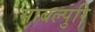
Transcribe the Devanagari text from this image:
साबल्पुरि